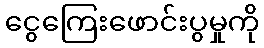
ငွေကြေးဖောင်းပွမှုကို